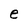
Character: e